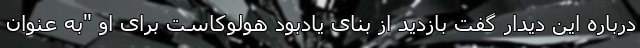
درباره این دیدار گفت بازدید از بنای یادبود هولوکاست برای او "به عنوان